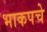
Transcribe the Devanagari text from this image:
भाकपचे